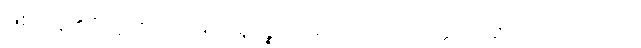
ဖြစ်ကုန်၏။” ဣတိ၊ ဤသို့။ အရူပဉ္စ၊ နာမ်ကိုလည်း။ ဝဝတ္ထပေတွာ၊ မှတ်၍။ တဿ၊